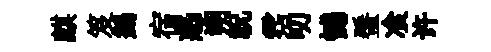
麒笈鷁宿惑朔祝霑叨憾蜑飡许